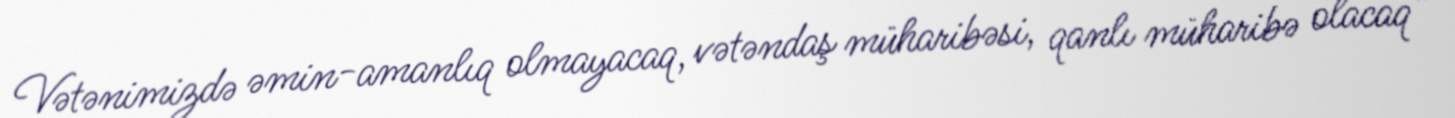
Vətənimizdə əmin-amanlıq olmayacaq, vətəndaş müharibəsi, qanlı müharibə olacaq”